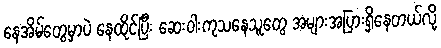
နေအိမ်တွေမှာပဲ နေထိုင်ပြီး ဆေးဝါးကုသနေသူတွေ အများအပြားရှိနေတယ်လို့